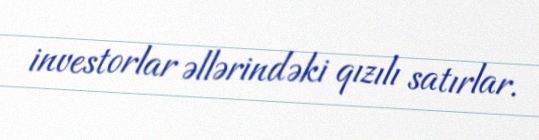
investorlar əllərindəki qızılı satırlar.